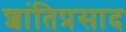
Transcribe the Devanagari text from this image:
शांतिप्रसाद